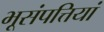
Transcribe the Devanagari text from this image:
भूसंपत्तियां